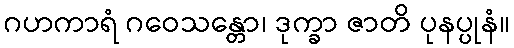
ဂဟကာရံ ဂဝေသန္တော၊ ဒုက္ခာ ဇာတိ ပုနပ္ပုနံ။